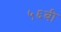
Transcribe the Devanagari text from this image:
५६बी